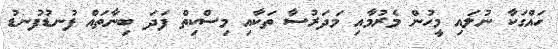
ހައްގަކާ ނުލައި މީހުން މެރުމާއި މަދަރުސާ ތަކާއި މިސްކިތް ފަދަ ބިނާތައް ފުނޑުފުނޑު